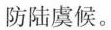
防陆虞候。